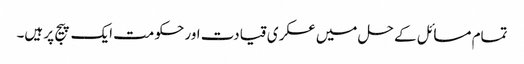
تمام مسائل کے حل میں عسکری قیادت اور حکومت ایک پیج پر ہیں۔